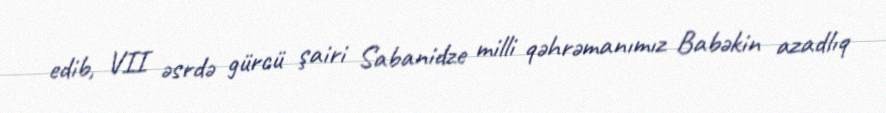
edib, VII əsrdə gürcü şairi Sabanidze milli qəhrəmanımız Babəkin azadlıq